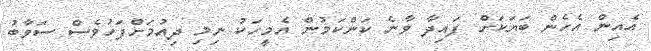
އެއިން އެހެން ބަޔަކަށް ފައިދާ ވާނެ ކަންކަމުން އެމީހަކު ނިމި ދިއުމަށްފަހުވެސް ސަވާބު